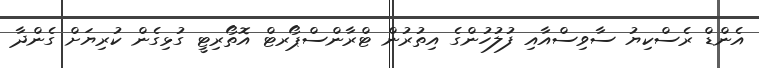
އެންޑް ރެސްކިޔު ސާވިސްއާއި ފުލުހުންގެ އިތުރުން ޓްރާންސްޕޯރޓް އޮތޯރިޓީ ގުޅިގެން ކުރިޔަށް ގެންދާ